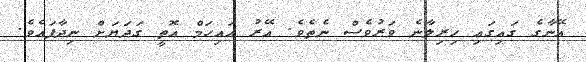
އޭނާގެ ގައިގައި ހިރިލާނެ ވަރުވެސް ނެތެވެ. އޭރު އައިހަމް އޮތީ ގަދަޔަށް ނިދާފައެވެ.